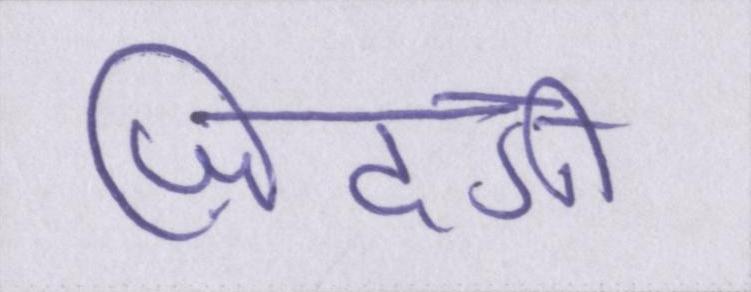
ज़िंदगी